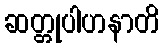
ဆတ္တုပါဟနာတိ